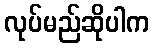
လုပ်မည်ဆိုပါက